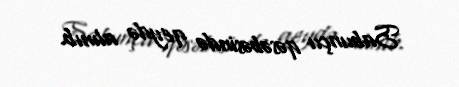
Sabunçu qəsəbəsində qeydə alınıb.